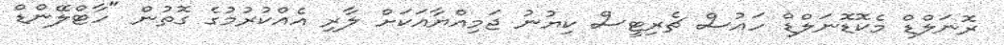
ރޮނަލްޑް މެކޮޑޮނަލްޑް ހައުސް ޗެރިޓީސް ކިޔުނު ޖަމިއްޔާއަކަށް ލާރި އެއްކުރުމުގެ ގޮތުން "ހާޓްލޭންޑް